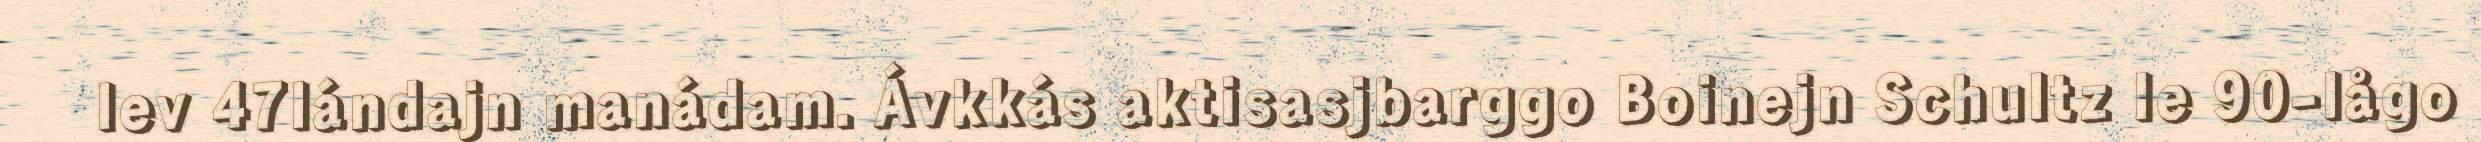
lev 47lándajn manádam. Ávkkás aktisasjbarggo Boinejn Schultz le 90-lågo